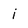
Character: i